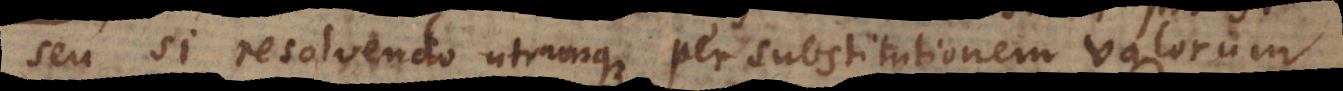
seu si resolvendo utrumque per substitutionem valorum